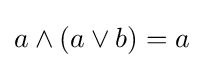
a\land (a\lor b)=a